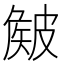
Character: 𥀄